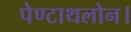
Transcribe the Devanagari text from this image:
पेण्टाथलोन।